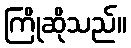
ကြိုဆိုသည်။